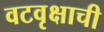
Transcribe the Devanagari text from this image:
वटवृक्षाची